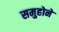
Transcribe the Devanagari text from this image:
समुहोने